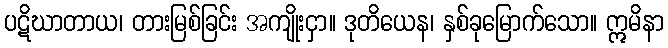
ပဋိဃာတာယ၊ တားမြစ်ခြင်း အကျိုးငှာ။ ဒုတိယေန၊ နှစ်ခုမြောက်သော။ ဣမိနာ